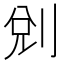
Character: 𠜑